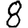
Digit: 8